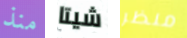
منذ شيتا منظر